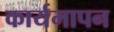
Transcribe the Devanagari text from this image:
कार्यमापन